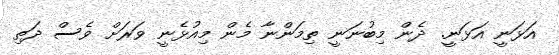
އަޅަނީ އަޅަނީ. ދެން މިބުނަނީ ތިމަންނާ މެން މިއުޅެނީ ވަރަށް ވެސް ދަތި